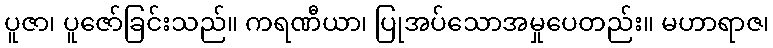
ပူဇာ၊ ပူဇော်ခြင်းသည်။ ကရဏီယာ၊ ပြုအပ်သောအမှုပေတည်း။ မဟာရာဇ၊